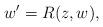
LaTeX: \begin{align*} w'=R(z,w), \end{align*}